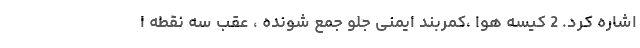
اشاره کرد. 2 کیسه هوا ،کمربند ایمنی جلو جمع شونده ، عقب سه نقطه ا